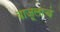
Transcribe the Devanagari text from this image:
बाजूलाचं